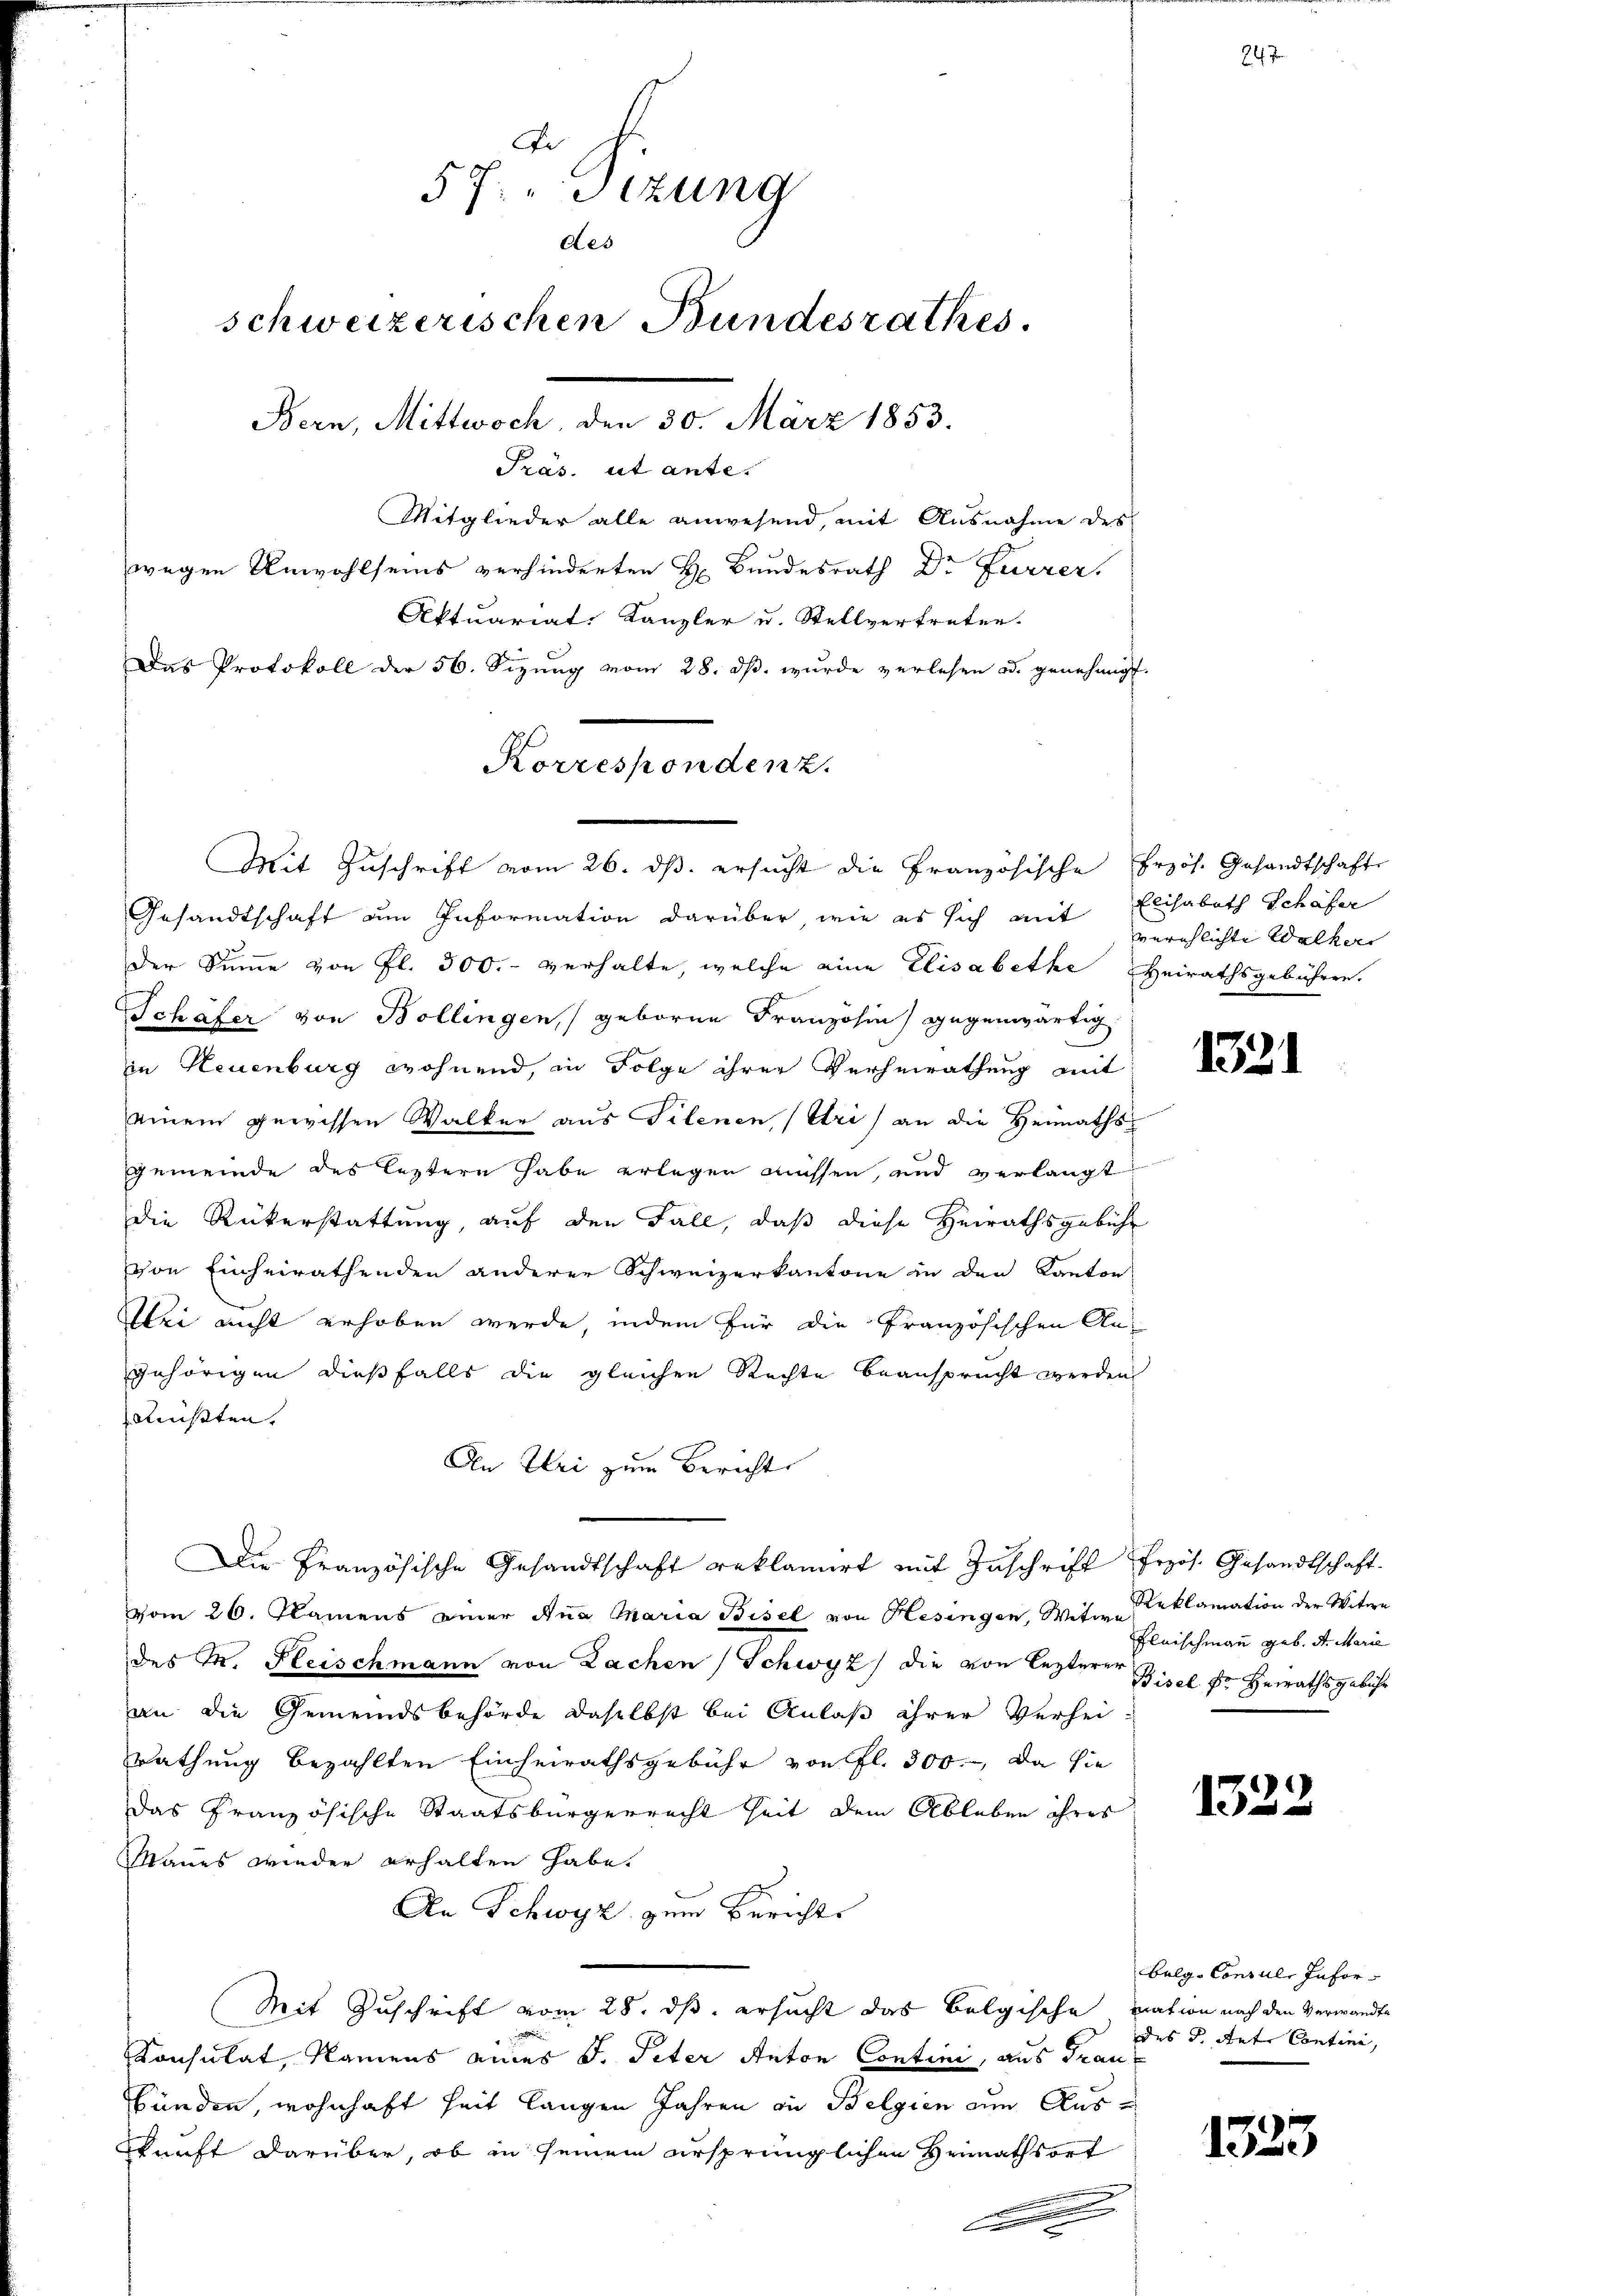
Dr
57: „Sizung
1
des
schweizerischen Bundesrathes.
Bern, Mittwoch, den 30. März 1853.
Präs. ut ante.
Mitglieder alle anwesend, mit Ausnahme des
wegen Unwohlseins verhinderten H. Bundesrath Dr Furrer,
Aktuariat Kanzler u. Stellvertreten.
Das Protokoll der 56. Sizung vom 28. ds. wurde verlesen od. genehmigt.

Gesandtschaft am Information darüber, wie es sich mit
Der Summe von fl. 300.- verhalte, welche eine Elisabethe Heirathsgebühren.
Schäfer von Bollingen, geboren Französin) gegenwärtig
in Neuenburg wohnend, in Folge ihrer Verheirathung mit
einem gewissen Walken aus Telenen, (Uri) an die Heimaths¬
Gemeinde des leztern habe erlegen müssen, und verlangt
Die Rükerstattung, auf den Fall, daß diese Heirathsgebühr
von Einheirathenden anderer Schweizerkantone in den Kanton
Utri nicht erhoben werde, indem für die Französischen Angehörigen dießfalls die gleichen Rechte beansprucht werden
müßten.
An Uri zum Bericht
Die Französische Gesandtschaft reklamirt mit Zuschrift frzös. Gesandtschaft.
vom 26. Namens einer Ana Maria Bisel von Hesingen, Witwe Reklamation der Witwe
des M. Fleischmann von Lachen Schwyz) die von lezterer Bisel Dr. Heirathsgebühr
an die Gemeindsbehörde daselbst bei Anlaß ihrer Verheirathung bezahlten Einheirathsgebühr von fl. 300., Da sie
Das Französische Staatsbürgerrecht seit dem Ableben ihres
Maues wieder erhalten habe.
An Schwyz zum Berichts
Mit Zuschrift vom 28. ds. ersucht das Belgische nation nach den Verwandte
E
Konsulat, Namens eines J. Peter Anton Contini, aus Franz
bünden, wohnhaft heit langen Jahren in Belgien an Auskunft darüber, ob in seinem ursprünglichen Heimathsort
e

Korrespondenz.

Mit Zuschrift vom 26. ds. ersucht die Französische Erzös. Gesandtschaft

Elisabeth Schäfer
verehlichte Walker |

.

1321

Fleischmann geb. St. Marie

1322

balg-Consule Infordes d. Ant. Contini,

1323